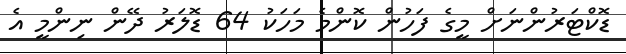
ޑޮކްޓަރުންނަށް މީގެ ފަހުން ކޮންމެ މަހަކު 64 ޑޮލަރު ދޭން ނިންމީ އެ